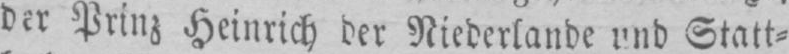
der Prinz Heinrich der Niederlande und Statt⸗